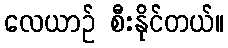
လေယာဉ် စီးနိုင်တယ်။